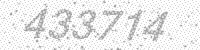
Solution: 433714